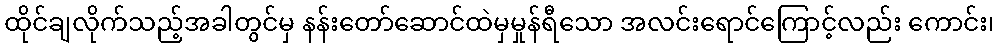
ထိုင်ချလိုက်သည့်အခါတွင်မှ နန်းတော်ဆောင်ထဲမှမှုန်ရီသော အလင်းရောင်ကြောင့်လည်း ကောင်း၊